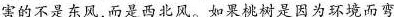
害的不是东风，而是西北风。如果桃树是因为环境而弯